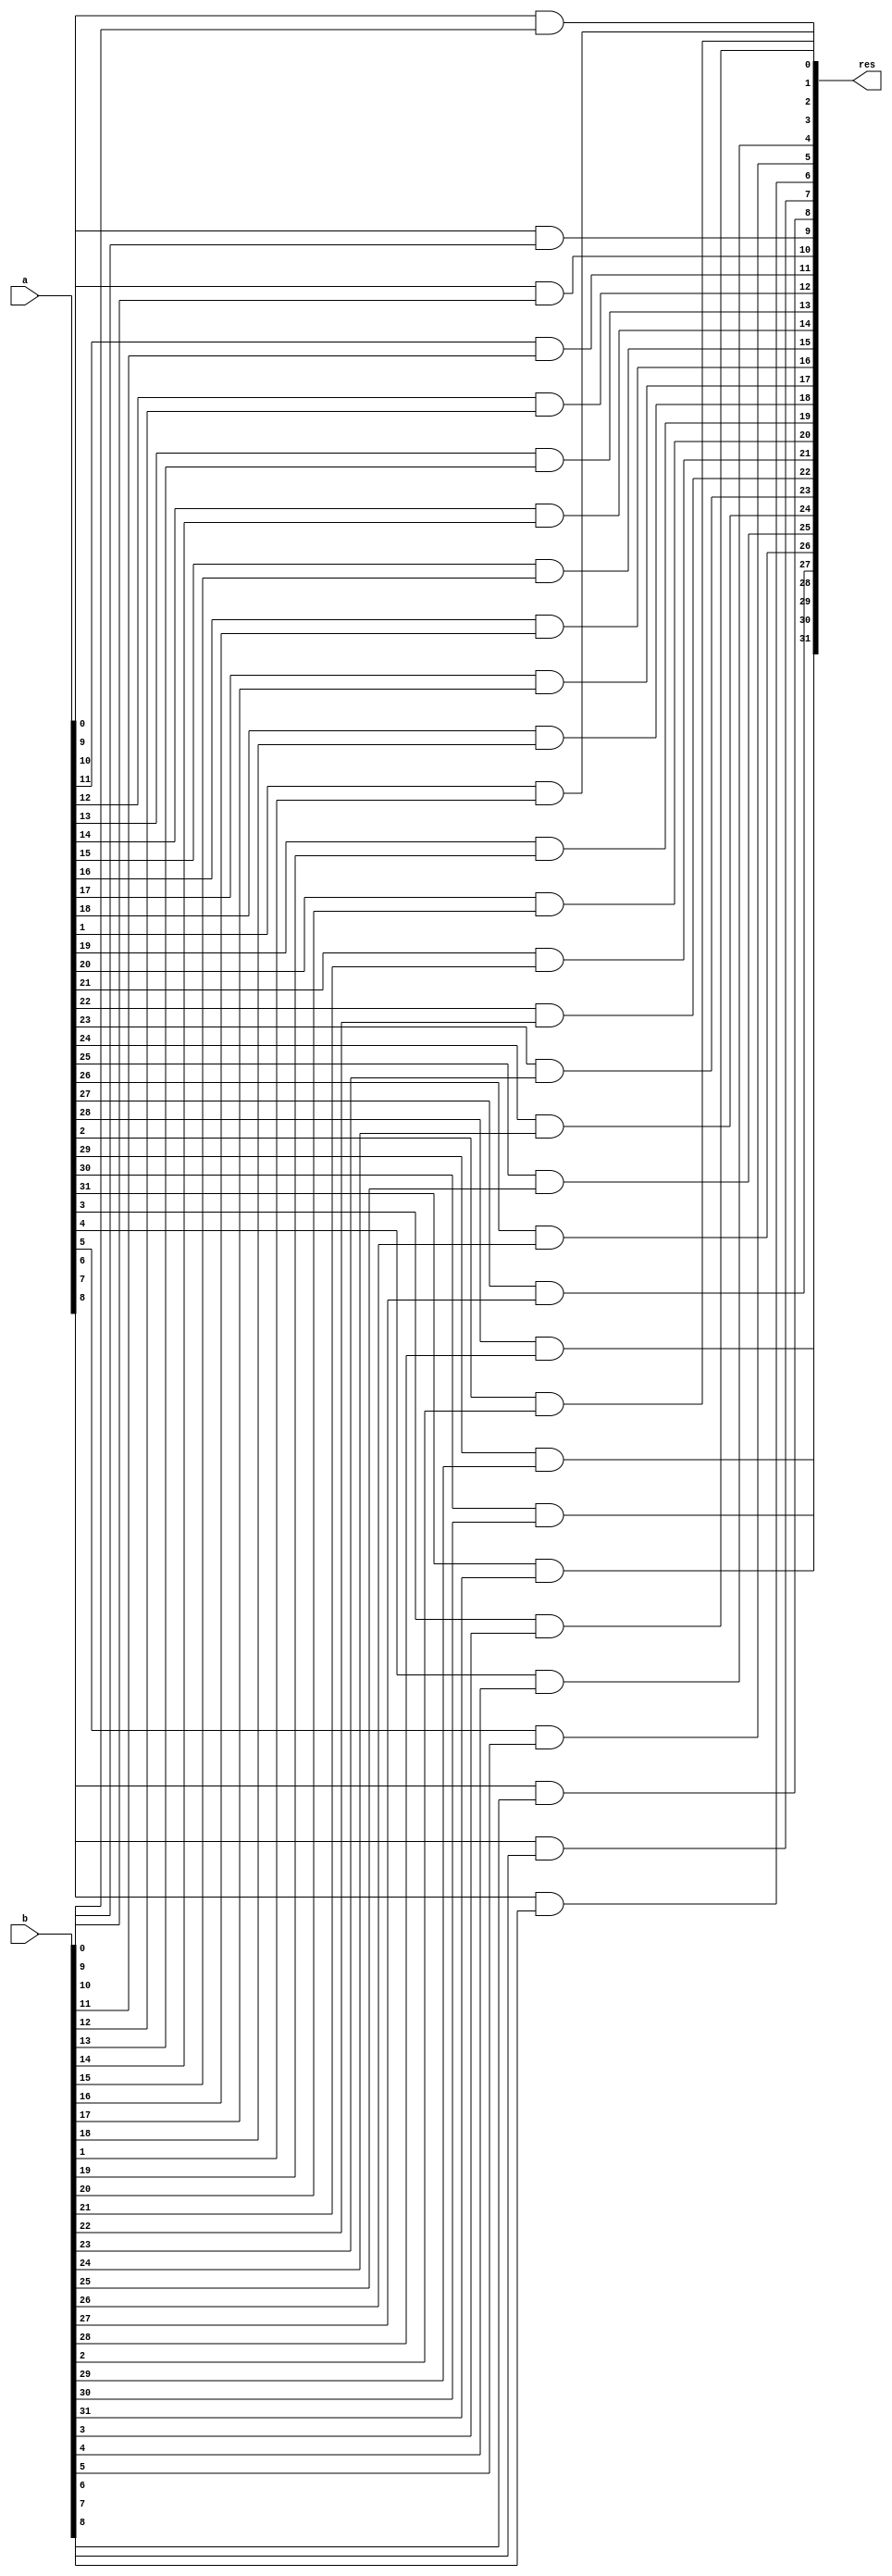
/* 
This file contains modified primitive gates for different types of inputs. Naming:
	- [GATE]32 means [GATE] for two 32-bit inputs, yielding a 32-bit output
	- [GATE]1To32 means [GATE] for one 32-bit input, and one 1-bit input, yielding a 32-bit output 
	- decidingOrGate is the gate that takes four 32-bit inputs (adder, (n)and, (n)or, xor), and one 1-bit input (SLT), and or them
all. This yields a 32-bit output.
*/

`define AND32 and #320
`define NOT32 not #320
`define XOR32 xor #320
`define OR32 or #320

module andGate32(
	output [31:0] res,
	input [31:0] a,
	input [31:0] b
	);

	genvar index;

	generate
		for (index = 0; index<32; index = index + 1) begin
			`AND32 andgate(res[index], a[index], b[index]);
		end
	endgenerate
endmodule

module andGate1To32(
	output [31:0] res,
	input [31:0] a,
	input b
	);

	genvar index;

	generate
		for (index = 0; index<32; index = index + 1) begin
			`AND32 andgate(res[index], a[index], b); 
		end
	endgenerate
endmodule

module notGate32(
	output [31:0] res,
	input [31:0] a
	);

	genvar index;

	generate
		for (index = 0; index<32; index = index + 1) begin
			`NOT32 notgate(res[index], a[index]); 
		end
	endgenerate
endmodule	

module notGate1To32(
	output [31:0] res,
	input a
	);

	genvar index;

	generate
		for (index = 0; index<32; index = index + 1) begin
			`NOT32 notgate(res[index], a); 
		end
	endgenerate
endmodule	

module orGate32(
	output [31:0] res,
	input [31:0] a,
	input [31:0] b
	);

	genvar index;

	generate
		for (index = 0; index<32; index = index + 1) begin
			`OR32 orgate(res[index], a[index], b[index]); 
		end
	endgenerate
endmodule	

module orGate1To32(
	output [31:0] res,
	input [31:0] a,
	input b
	);

	genvar index;

	generate
		for (index = 0; index<32; index = index + 1) begin
			`OR32 orgate(res[index], a[index], b); 
		end
	endgenerate
endmodule

module decidingOrGate(
	output [31:0] res,
	input [31:0] a,
	input [31:0] b,
	input [31:0] c,
	input [31:0] d,
	input e
	);

	genvar index;

	generate
		for (index = 0; index<32; index = index + 1) begin
			`OR32 orgate(res[index], a[index], b[index], c[index], d[index], e); 
		end
	endgenerate
endmodule	

module xorGate32(
	output [31:0] res,
	input [31:0] a,
	input [31:0] b
	);

	genvar index;

	generate
		for (index = 0; index<32; index = index + 1) begin
			`XOR32 xorgate(res[index], a[index], b[index]); 
		end
	endgenerate
endmodule

module xorGate1To32(
	output [31:0] res,
	input [31:0] a,
	input b
	);

	genvar index;

	generate
		for (index = 0; index<32; index = index + 1) begin
			`XOR32 xorgate(res[index], a[index], b); 
		end
	endgenerate
endmodule

// module testDelay();

// 	reg [31:0] a, b;
// 	wire [31:0] res;

// 	andGate32 andgate(res, a, b);

// 	initial begin
// 		$dumpfile("customGates.vcd");
// 		$dumpvars(0, testDelay);

// 		a=32'b1011; b=32'b1100; #1000
// 		$display("a: %b, b: %b, res: %b", a[3:0], b[3:0], res[3:0]);

// 		$finish;
// 	end
// endmodule